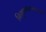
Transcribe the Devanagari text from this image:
नियुक्तकरण्यासाठी